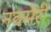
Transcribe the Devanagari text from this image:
नवसेरी